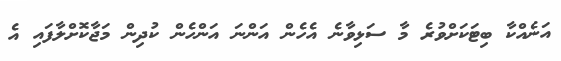
އަނެއްކާ ބިޓަކަށްވުރެ މާ ސަޅިވާނެ އެހެން އަންނަ އަންހެން ކުދިން މަޖާކޮށްލާފައި އެ